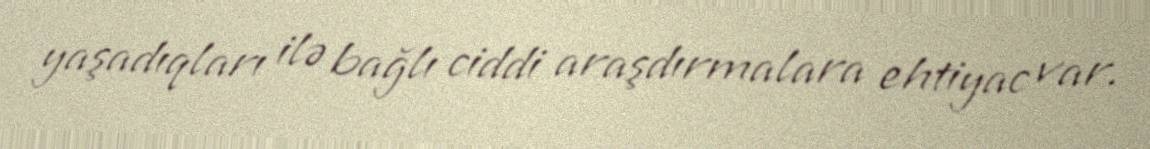
yaşadıqları ilə bağlı ciddi araşdırmalara ehtiyac var.